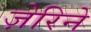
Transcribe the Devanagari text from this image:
ज़ेरिने